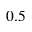
0 . 5